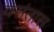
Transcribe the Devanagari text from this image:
वसंतास